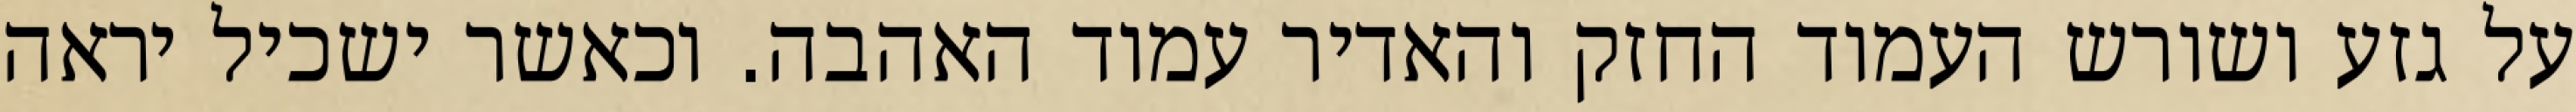
על גזע ושורש העמוד החזק והאדיר עמוד האהבה. וכאשר ישכיל יראה